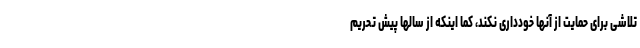
تلاشی برای حمایت از آنها خودداری نکند، کما اینکه از سالها پیش تحریم